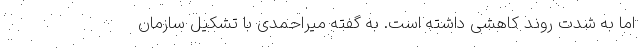
اما به شدت روند کاهشی داشته است. به گفته میراحمدی با تشکیل سازمان